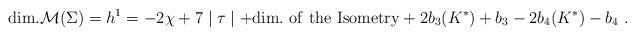
LaTeX: \begin{align*}{\rm dim.} {\cal M}(\Sigma)= h^1 = -2 \chi + 7 \mid \tau \mid + {\rm dim.~of{}~the~Isometry}+2b_3(K^\ast)+b_3 - 2b_4(K^\ast)-b_4 \ . \end{align*}